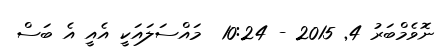
ނޮވެމްބަރު 4